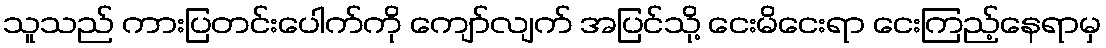
သူသည် ကားပြတင်းပေါက်ကို ကျော်လျက် အပြင်သို့ ငေးမိငေးရာ ငေးကြည့်နေရာမှ